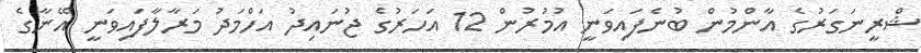
ޝްރީނަގަރުގެ އާންމުން ބުނެފައިވަނީ އުމުރުން 12 އަހަރުގެ ޖުނައިދު އަހްމަދު މަރާލާފައިވަނީ އޭނާގެ